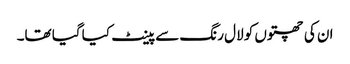
ان کی چھتوں کو لال رنگ سے پینٹ کیا گیا تھا۔